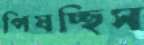
পিষচ্ছিস